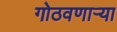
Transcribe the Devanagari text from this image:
गोठवणार्‍या